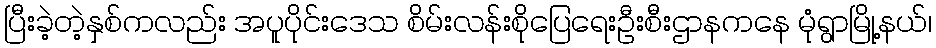
ပြီးခဲ့တဲ့နှစ်ကလည်း အပူပိုင်းဒေသ စိမ်းလန်းစိုပြေရေးဦးစီးဌာနကနေ မုံရွာမြို့နယ်၊